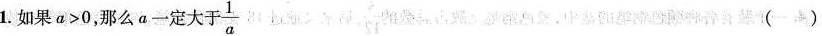
1如果a>0，那么a一定大于\frac{1}{a}()